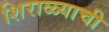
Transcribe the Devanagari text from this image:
शिराळ्याची